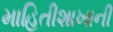
માહિતીશાખાની